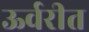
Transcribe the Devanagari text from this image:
ऊर्वरीत